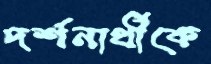
দর্শনার্থীকে